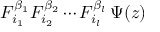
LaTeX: F _ { i _ { 1 } } ^ { \beta _ { 1 } } F _ { i _ { 2 } } ^ { \beta _ { 2 } } \cdots F _ { i _ { l } } ^ { \beta _ { l } } \, \Psi ( z )